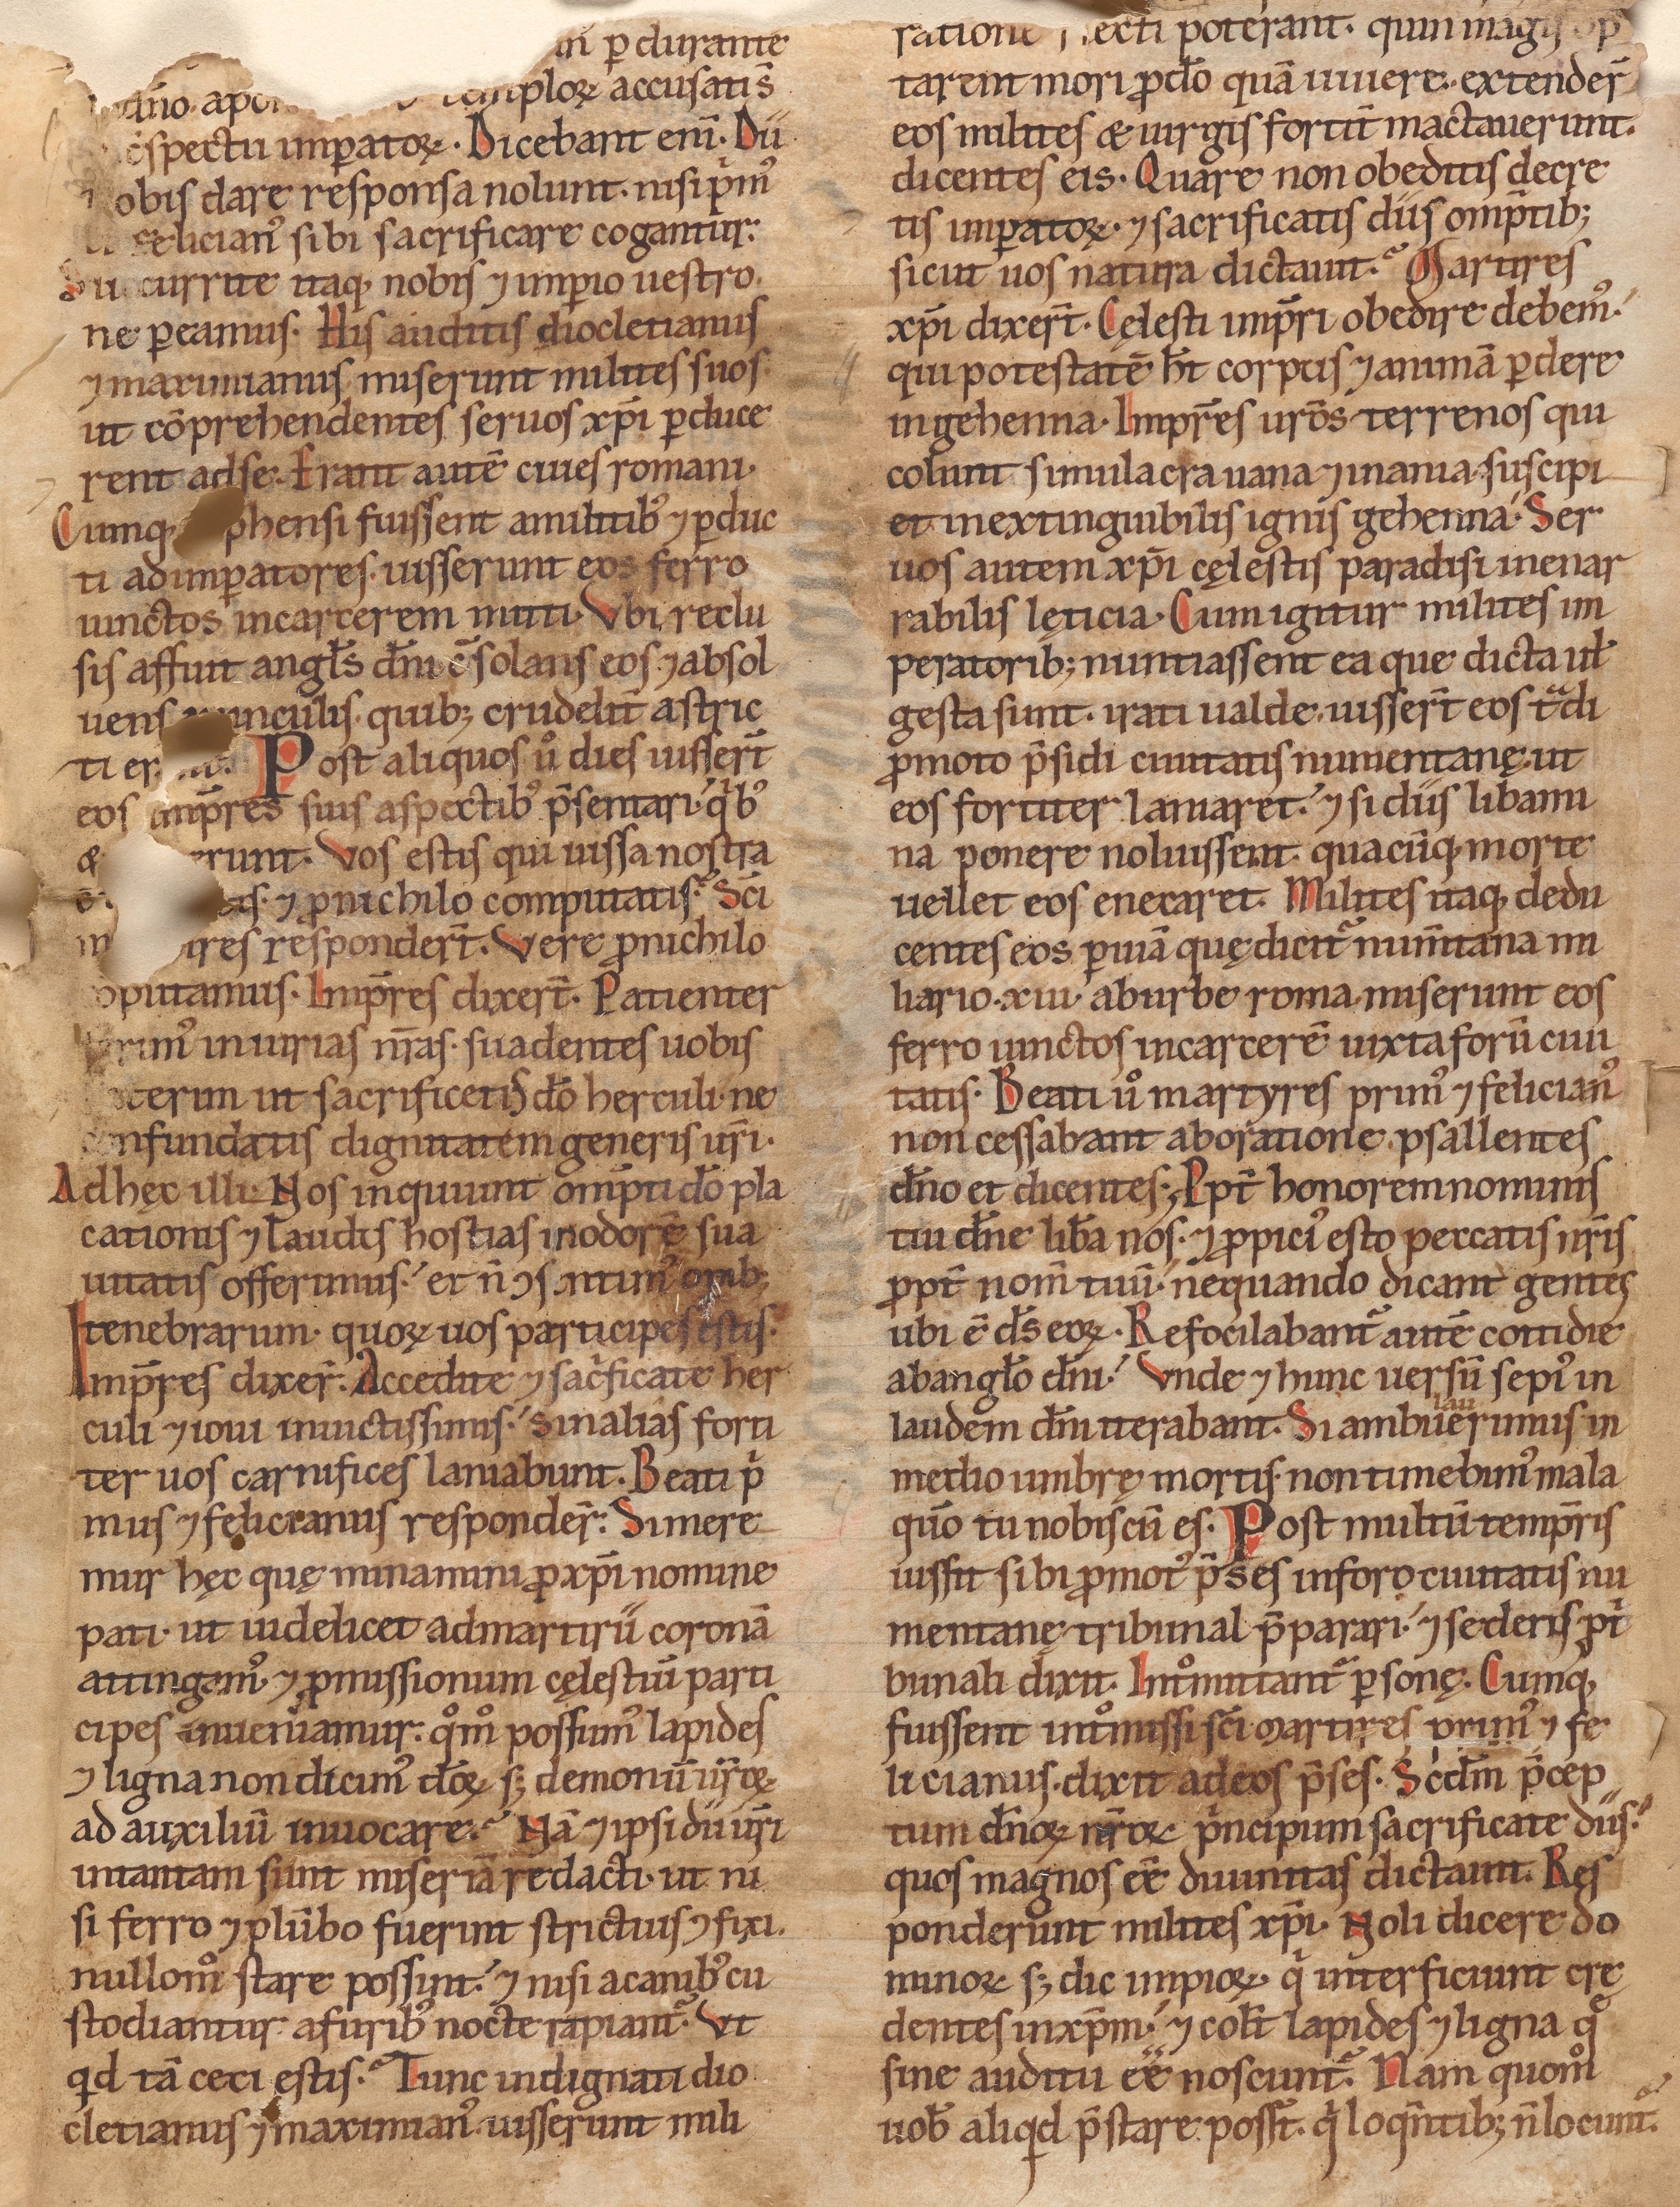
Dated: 1141–1170